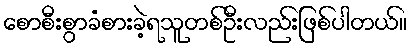
စောစီးစွာခံစားခဲ့ရသူတစ်ဦးလည်းဖြစ်ပါတယ်။